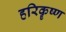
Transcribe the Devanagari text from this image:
हरिकॄष्ण